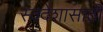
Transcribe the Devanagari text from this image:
स्वदेशासाठी